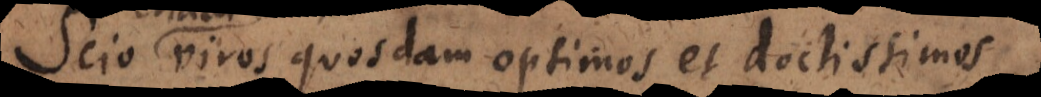
Scio viros quosdam optimos et doctissimos